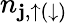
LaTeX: n_{\mathbf{j},\uparrow(\downarrow)}